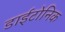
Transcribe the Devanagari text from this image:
डाईटोनिक